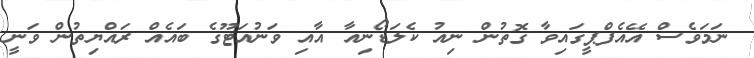
ނަމަވެސް އޭއެފްޕީގައިވާ ގޮތުން ނިއު ކެލަޑޯނިއާ އާއި ވަނުއަޓޫގެ ބައެއް ރައްޔިތުން ވަނީ